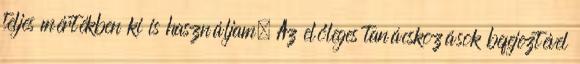
teljes mértékben ki is használjam. Az előleges tanácskozások befejeztével